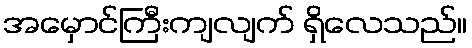
အမှောင်ကြီးကျလျက် ရှိလေသည်။